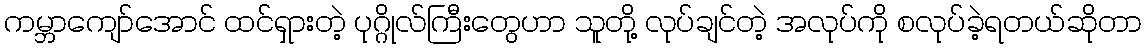
ကမ္ဘာကျော်အောင် ထင်ရှားတဲ့ ပုဂ္ဂိုလ်ကြီးတွေဟာ သူတို့ လုပ်ချင်တဲ့ အလုပ်ကို စလုပ်ခဲ့ရတယ်ဆိုတာ